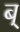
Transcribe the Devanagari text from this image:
ब्‌